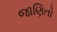
જાણિતો